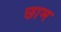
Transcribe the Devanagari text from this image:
छाम